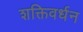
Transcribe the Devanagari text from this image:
शक्तिवर्धन